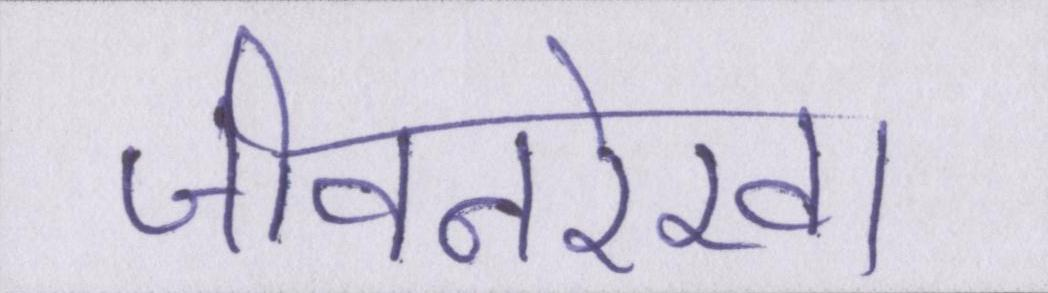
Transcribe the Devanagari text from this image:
जीवनरेखा